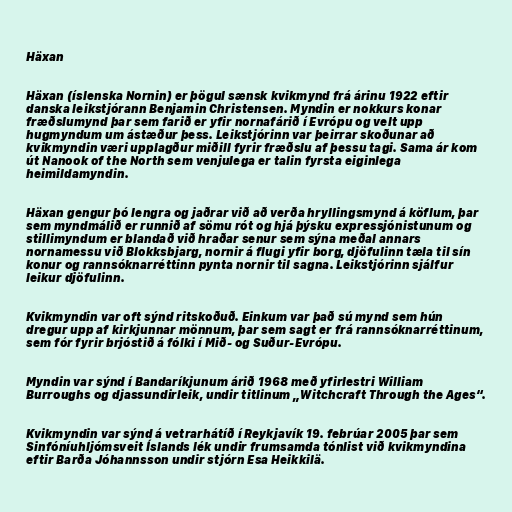
Häxan

Häxan (íslenska Nornin) er þögul sænsk kvikmynd frá árinu 1922 eftir
danska leikstjórann Benjamin Christensen. Myndin er nokkurs konar
fræðslumynd þar sem farið er yfir nornafárið í Evrópu og velt upp
hugmyndum um ástæður þess. Leikstjórinn var þeirrar skoðunar að
kvikmyndin væri upplagður miðill fyrir fræðslu af þessu tagi. Sama ár kom
út Nanook of the North sem venjulega er talin fyrsta eiginlega
heimildamyndin.

Häxan gengur þó lengra og jaðrar við að verða hryllingsmynd á köflum, þar
sem myndmálið er runnið af sömu rót og hjá þýsku expressjónistunum og
stillimyndum er blandað við hraðar senur sem sýna meðal annars
nornamessu við Blokksbjarg, nornir á flugi yfir borg, djöfulinn tæla til sín
konur og rannsóknarréttinn pynta nornir til sagna. Leikstjórinn sjálfur
leikur djöfulinn.

Kvikmyndin var oft sýnd ritskoðuð. Einkum var það sú mynd sem hún
dregur upp af kirkjunnar mönnum, þar sem sagt er frá rannsóknarréttinum,
sem fór fyrir brjóstið á fólki í Mið- og Suður-Evrópu.

Myndin var sýnd í Bandaríkjunum árið 1968 með yfirlestri William
Burroughs og djassundirleik, undir titlinum „Witchcraft Through the Ages“.

Kvikmyndin var sýnd á vetrarhátíð í Reykjavík 19. febrúar 2005 þar sem
Sinfóníuhljómsveit Íslands lék undir frumsamda tónlist við kvikmyndina
eftir Barða Jóhannsson undir stjórn Esa Heikkilä.